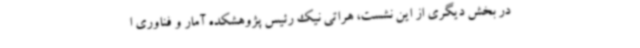
در بخش دیگری از این نشست، هراتی نیک رئیس پژوهشکده آمار و فناوری ا